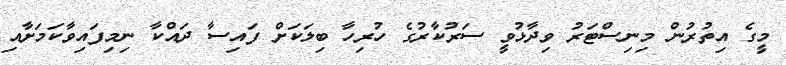
މީގެ އިތުރުން މިނިސްޓަރު ވިދާޅުވީ ސަރުކާރުގެ ހުރިހާ ބިލަކަށް ފައިސާ ދައްކާ ނިމިފައިވާކަމަށާއި